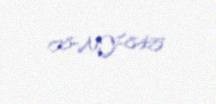
08-NY-845